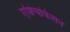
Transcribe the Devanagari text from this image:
एक्विवोकेशन